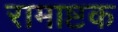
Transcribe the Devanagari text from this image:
रामाष्टक